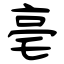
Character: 亳